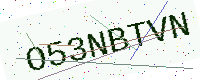
Text: O53NBTVN